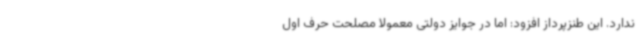
ندارد. این طنزپرداز افزود: اما در جوایز دولتی معمولا مصلحت حرف اول